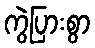
ကွဲပြားစွာ